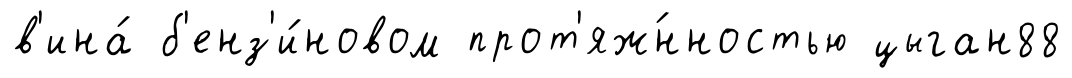
в'ина́ б'енз'и́новом прот'яж́нностью цыган88